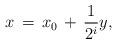
LaTeX: \begin{align*}x\,=\,x_0\,+\,\frac{1}{2^i}y,\end{align*}